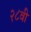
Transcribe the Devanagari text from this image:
२८वी